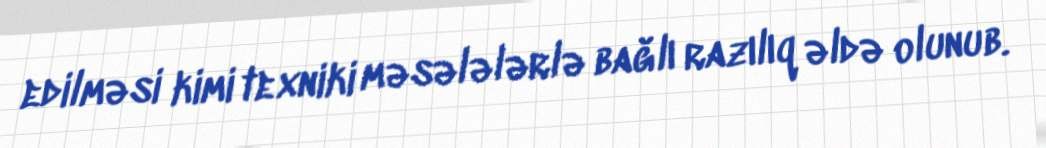
edilməsi kimi texniki məsələlərlə bağlı razılıq əldə olunub.